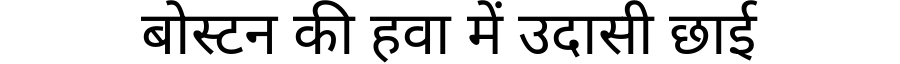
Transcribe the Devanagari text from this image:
बोस्टन की हवा में उदासी छाई